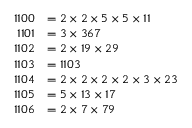
\begin{array} { r l } { 1 1 0 0 } & { = 2 \times 2 \times 5 \times 5 \times 1 1 } \\ { 1 1 0 1 } & { = 3 \times 3 6 7 } \\ { 1 1 0 2 } & { = 2 \times 1 9 \times 2 9 } \\ { 1 1 0 3 } & { = 1 1 0 3 } \\ { 1 1 0 4 } & { = 2 \times 2 \times 2 \times 2 \times 3 \times 2 3 } \\ { 1 1 0 5 } & { = 5 \times 1 3 \times 1 7 } \\ { 1 1 0 6 } & { = 2 \times 7 \times 7 9 } \end{array}